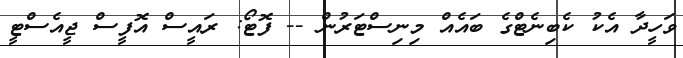
ވަހީދާ އެކު ކެބިނެޓްގެ ބައެއް މިނިސްޓަރުން -- ފޮޓޯ: ރައީސް އޮފީސް ޖީއެސްޓީ